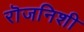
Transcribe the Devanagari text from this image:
रॊजनिशी